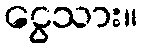
ငွေသား။